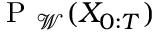
\mathrm { ~ P ~ } _ { \mathcal { W } } ( X _ { 0 : T } )